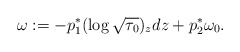
\begin{align*}\omega:=-p_1^*(\log\sqrt{\tau_0})_zdz+p_2^*\omega_0.\end{align*}